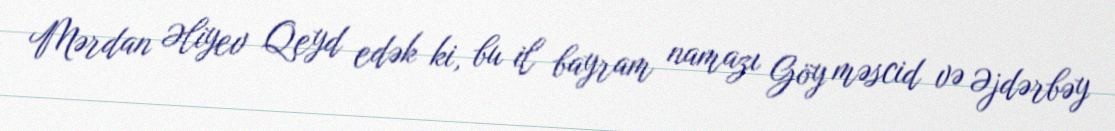
Mərdan Əliyev Qeyd edək ki, bu il bayram namazı Göy məscid və Əjdərbəy